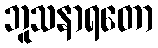
ဘူသနာရတော